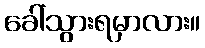
ခေါ်သွားရမှာလား။